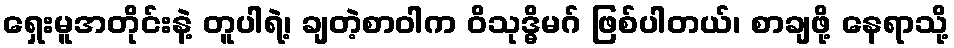
ရှေးမူအတိုင်းနဲ့ တူပါရဲ့၊ ချတဲ့စာဝါက ဝိသုဒ္ဓိမဂ် ဖြစ်ပါတယ်၊ စာချဖို့ နေရာသို့